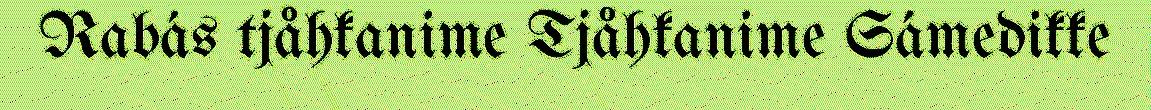
Rabás tjåhkanime Tjåhkanime Sámedikke